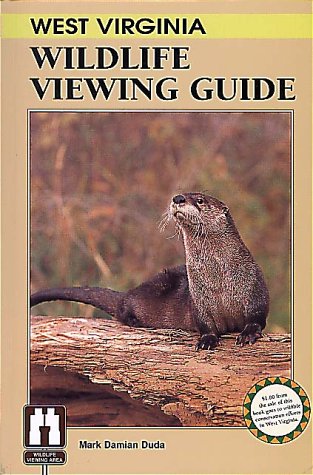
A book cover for West Virginia Wildlife Viewing Guide (Wildlife Viewing Guides Series); Mark Damian Duda; Travel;